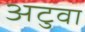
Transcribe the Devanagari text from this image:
अटुवा